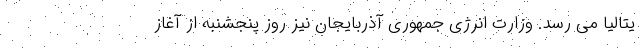
یتالیا می رسد. وزارت انرژی جمهوری آذربایجان نیز روز پنجشنبه از آغاز